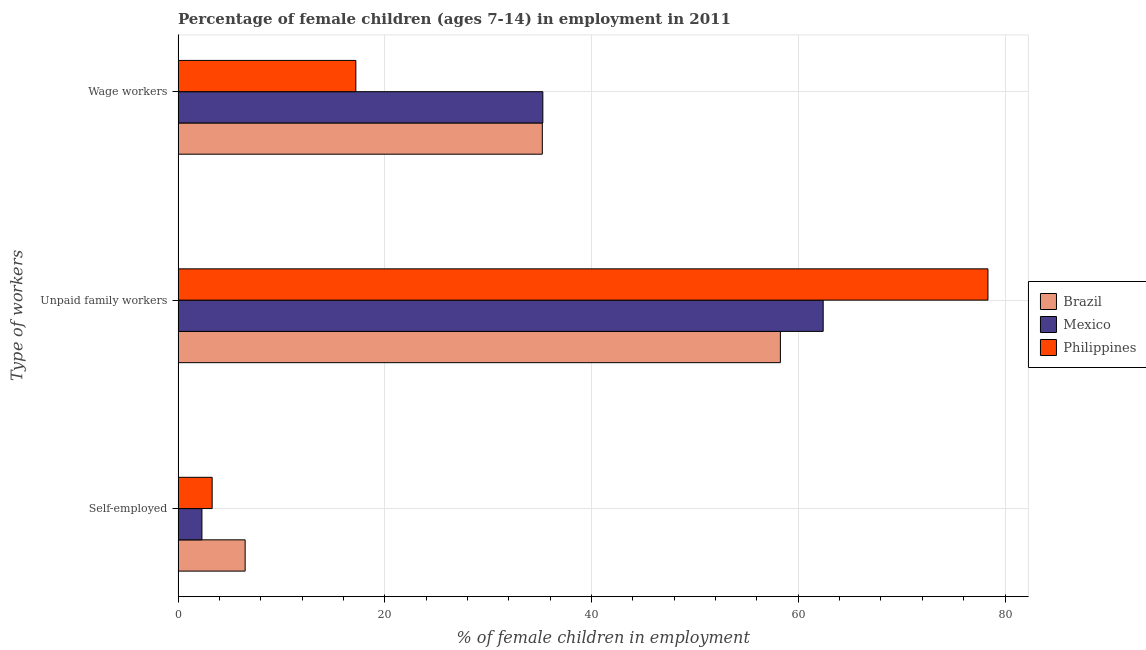
| Type of workers | Brazil | Mexico | Philippines |
 | --- | --- | --- | --- |
 | Self-employed | 6.49 | 2.31 | 3.3 |
 | Unpaid family workers | 58.3 | 62.4 | 78.3 |
 | Wage workers | 35.2 | 35.3 | 17.2 |